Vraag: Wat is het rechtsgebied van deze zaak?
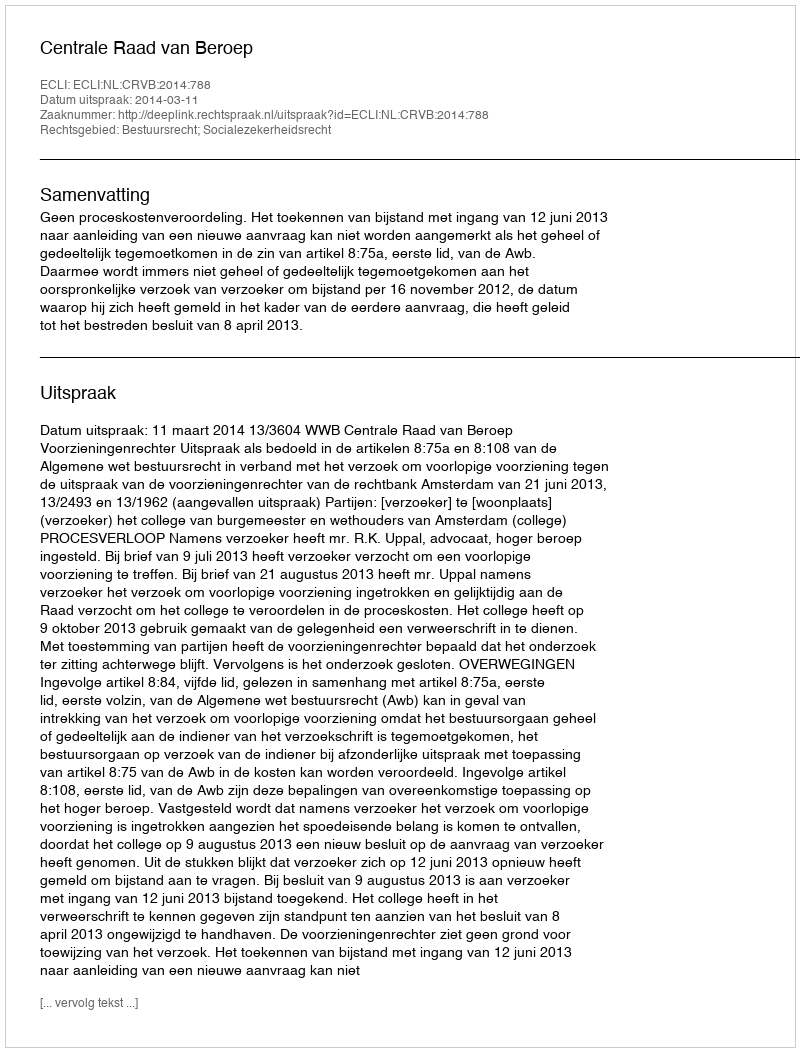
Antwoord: Bestuursrecht; Socialezekerheidsrecht